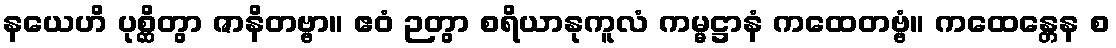
နယေဟိ ပုစ္ဆိတွာ ဇာနိတဗ္ဗာ။ ဧဝံ ဉတွာ စရိယာနုကူလံ ကမ္မဋ္ဌာနံ ကထေတဗ္ဗံ။ ကထေန္တေန စ